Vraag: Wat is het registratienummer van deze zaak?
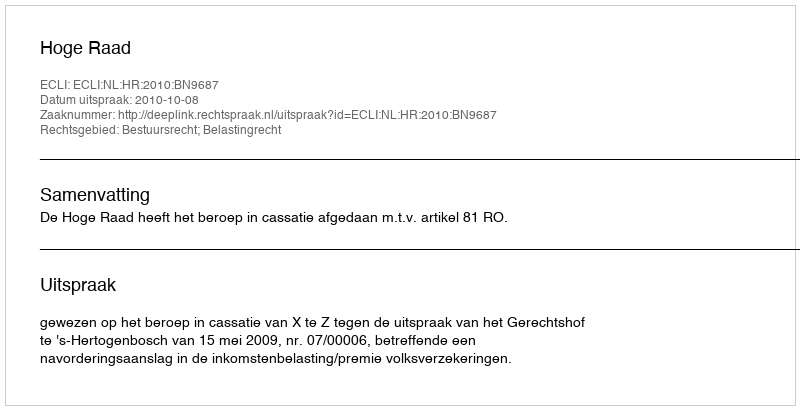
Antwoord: http://deeplink.rechtspraak.nl/uitspraak?id=ECLI:NL:HR:2010:BN9687